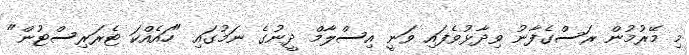
މި މޭރުމުން ރަސްގެފާނު ވިދާޅުވެފައި ވަނީ އިސްލާމް ދީނުގެ ނަމުގައި "ހައެއްކަ ޓެރަރިސްޓުން"